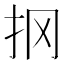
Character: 㧏